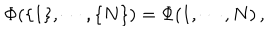
LaTeX: \Phi ( \{ 1 \} , \cdots , \{ N \} ) = \Phi ( 1 , \cdots , N ) \, ,